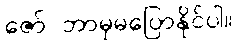
ဇော် ဘာမှမပြောနိုင်ပါ။